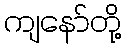
ကျနော်တို့